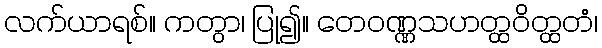
လက်ယာရစ်။ ကတွာ၊ ပြု၍။ တေဝဏ္ဏသဟတ္ထဝိတ္ထတံ၊